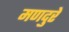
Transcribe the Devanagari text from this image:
मणदुरे